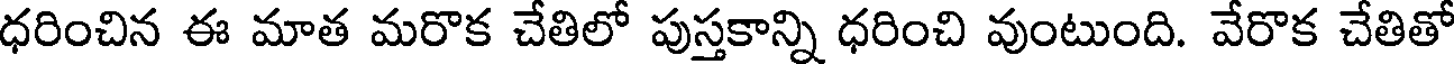
ధరించిన ఈ మాత మరొక చేతిలో పుస్తకాన్ని ధరించి వుంటుంది. వేరొక చేతితో